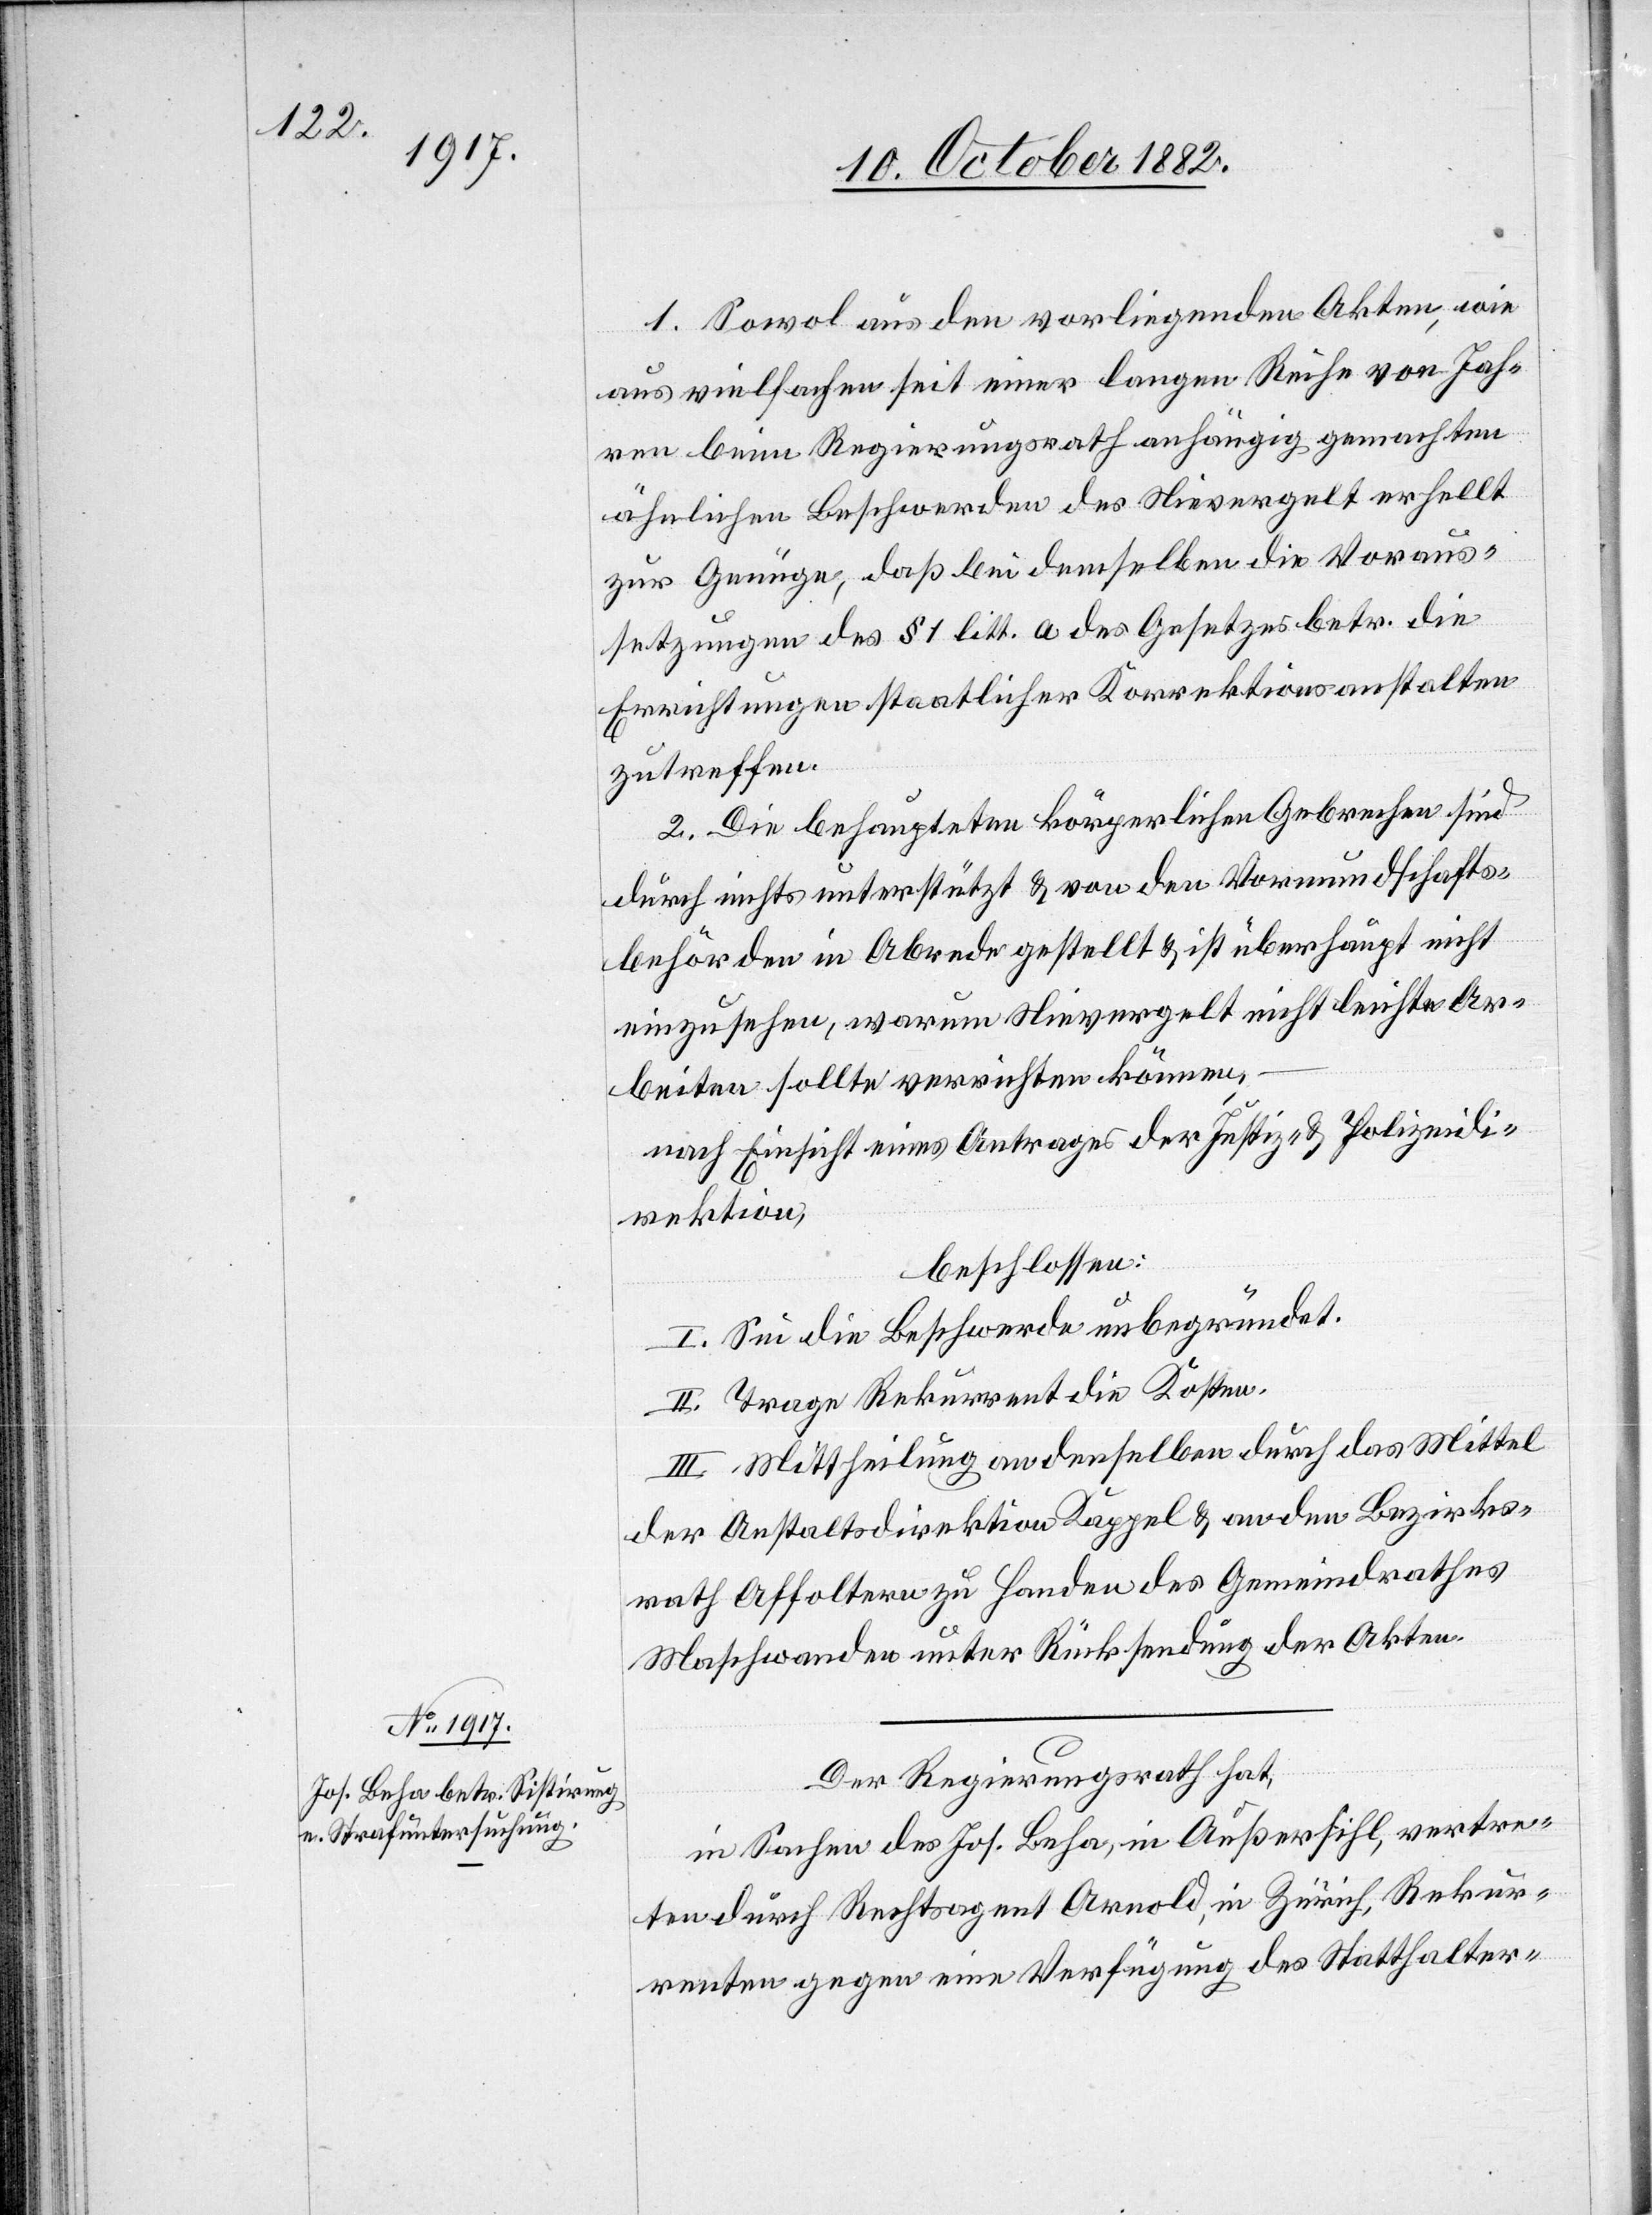
1. Sowol aus den vorliegenden Akten, wie
aus vielfachen seit einer langen Reihe von Jah¬
ren beim Regierungsrath anhängig gemachten
ähnlichen Beschwerden des Nievergelt erhellt
zur Genüge, daß bei demselben die Voraus¬
setzungen des § 1 litt. a des Gesetzes betr. die
Errichtungen staatlicher Korrektionsanstalten
zutreffen.
2. Die behaupteten körperlichen Gebrechen sind
durch nichts unterstützt & von den Vormundschafts¬
behörden in Abrede gestellt & ist überhaupt nicht
einzusehen, warum Nievergelt nicht leichte Ar¬
beiten sollte verrichten können;
nach Einsicht eines Antrages der Justiz- & Polizeidi¬
rektion,
beschlossen:
I. Sei die Beschwerde unbegründet.
II. Trage Rekurrent die Kosten.
III. Mittheilung an denselben durch das Mittel
der Anstaltsdirektion Kappel & an den Bezirks¬
rath Affoltern zu Handen des Gemeindrathes
Maschwanden unter Rücksendung der Akten.
Der Regierungsrath hat,
in Sachen des Jos. Beha, in Außersihl, vertre¬
ten durch Rechtsagent Arnold, in Zürich, Rekur¬
renten gegen eine Verfügung des Statthalter-